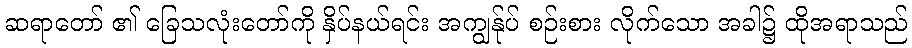
ဆရာတော် ၏ ခြေသလုံးတော်ကို နှိပ်နယ်ရင်း အကျွန်ုပ် စဉ်းစား လိုက်သော အခါ၌ ထိုအရာသည်